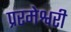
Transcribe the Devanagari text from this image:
प्ररमेश्वरी